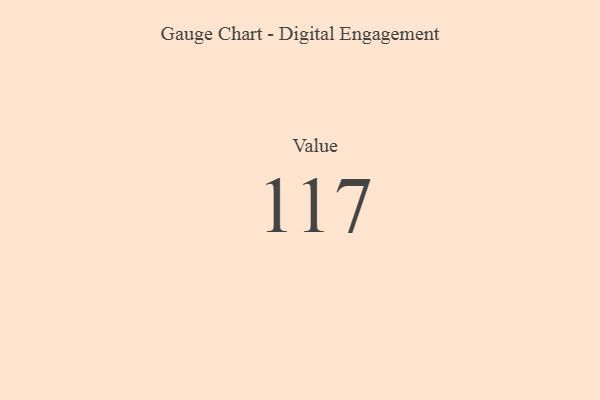
{"axis": {"x": "Metric", "y": "Value"}, "legend": [""], "data": [{"x": "Value", "y": 117, "type": ""}]}